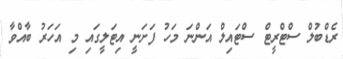
ރެޑްބުލް ސްޓްރީޓް ސްޓައިލް އަންނަ މަހު ފަށަނީ އިޓަލީގައި މި އަހަރު ބާއްވާ